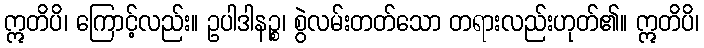
ဣတိပိ၊ ကြောင့်လည်း။ ဥပါဒါနဉ္စ၊ စွဲလမ်းတတ်သော တရားလည်းဟုတ်၏။ ဣတိပိ၊